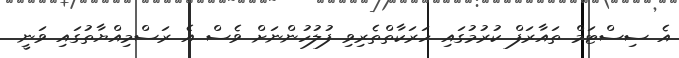
އެ ސިސްޓަމް ތައާރަފް ކުރުމުގައި ހަރަކާތްތެރިވި ފުލުހުންނަށް ވެސް އެ ރަސްމިއްޔާތުގައި ވަނީ